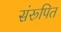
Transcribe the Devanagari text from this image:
संरूपित